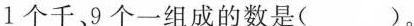
1个千、9个一组成的数是( )。